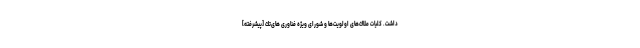
داشت. كلیات ملاك‌هاى اولویت‌ها و شوراى ویژه فناورى ‌هاى‌تك [پیشرفته]